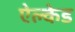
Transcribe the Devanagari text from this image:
ऐल्केड